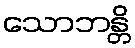
သောဘန္တိ